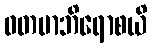
ဝတမာဘိရောစယိ